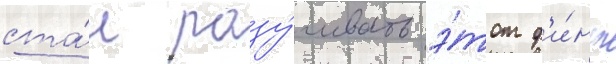
ста́л разу́чивать э́тот ф'и́нт